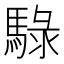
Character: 騄